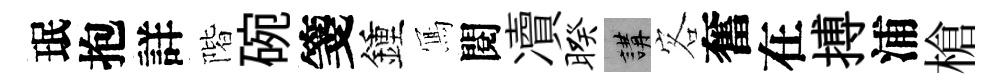
珉抱詳階碗箋鍾𭂁閱凟暌講客奮在搏浦槍